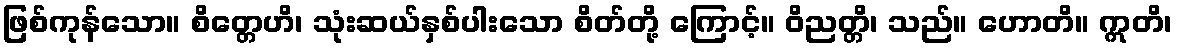
ဖြစ်ကုန်သော။ စိတ္တေဟိ၊ သုံးဆယ်နှစ်ပါးသော စိတ်တို့ ကြောင့်။ ဝိညတ္တိ၊ သည်။ ဟောတိ။ ဣတိ၊